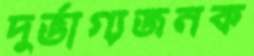
দুর্ভাগ্যজনক